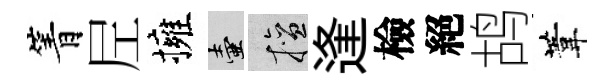
箐𡰱擁壺擅逢檢絕鸪葦